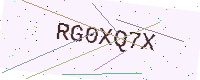
Text: RG0XQ7X